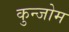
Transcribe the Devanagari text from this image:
कुन्जोम